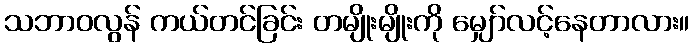
သဘာဝလွန် ကယ်တင်ခြင်း တမျိုးမျိုးကို မျှော်လင့်နေတာလား။